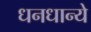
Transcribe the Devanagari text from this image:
धनधान्ये